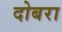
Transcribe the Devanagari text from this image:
दोबरा